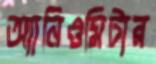
অ্যানিওমিটার